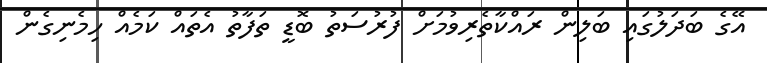
އޭގެ ބަދަލުގައި ބަލިން ރައްކާތެރިވުމަށް ފުރުސަތު ބޮޑީ ތަފާތު އެތައް ކަމެއް ހިމެނިގެން